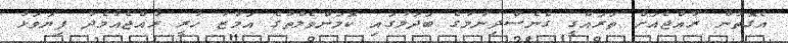
އެގޮތުން ރާއްޖެއަށް ތަރައްގީ ގެނެސްދިނުމުގެ ބަދަލުގައި ކޮމަންވެލްތުގެ އަމާޒު ހުރީ ރާއްޖެއާމެދު ފިޔަވަޅު